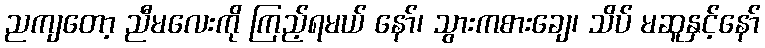
ညကျတော့ ညီမလေးကို ကြည့်ရမယ် နော်၊ သွားကစားချေ၊ သိပ် မဆူနှင့်နော်